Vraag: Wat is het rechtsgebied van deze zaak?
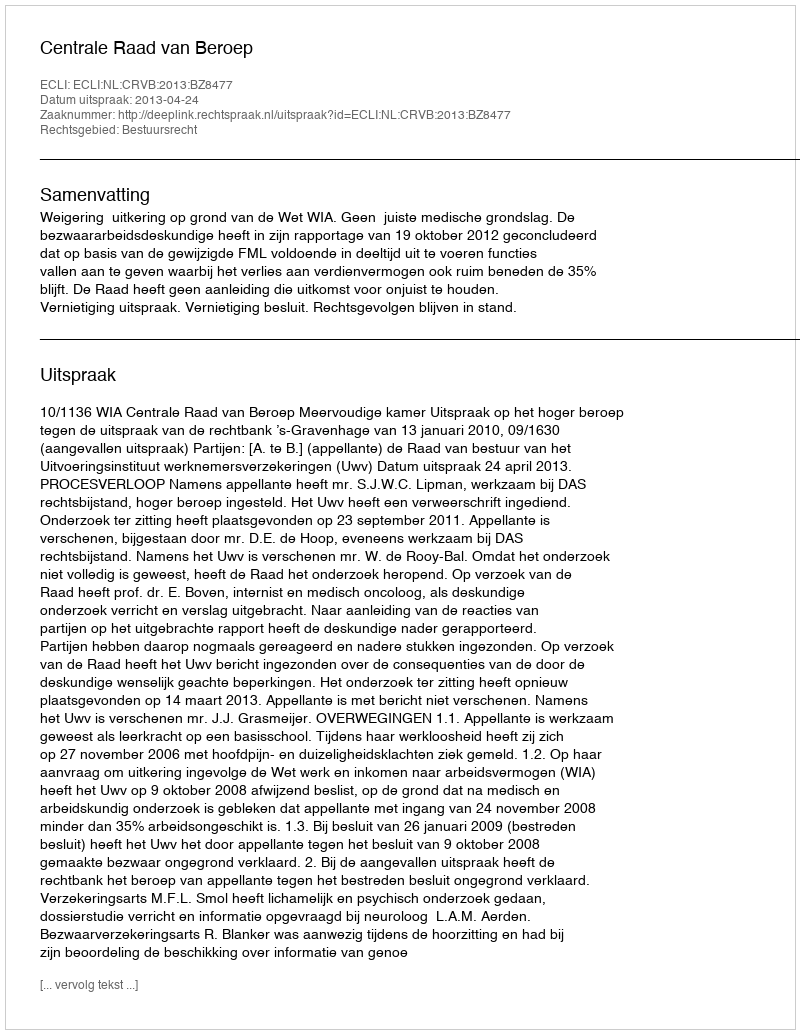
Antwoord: Bestuursrecht